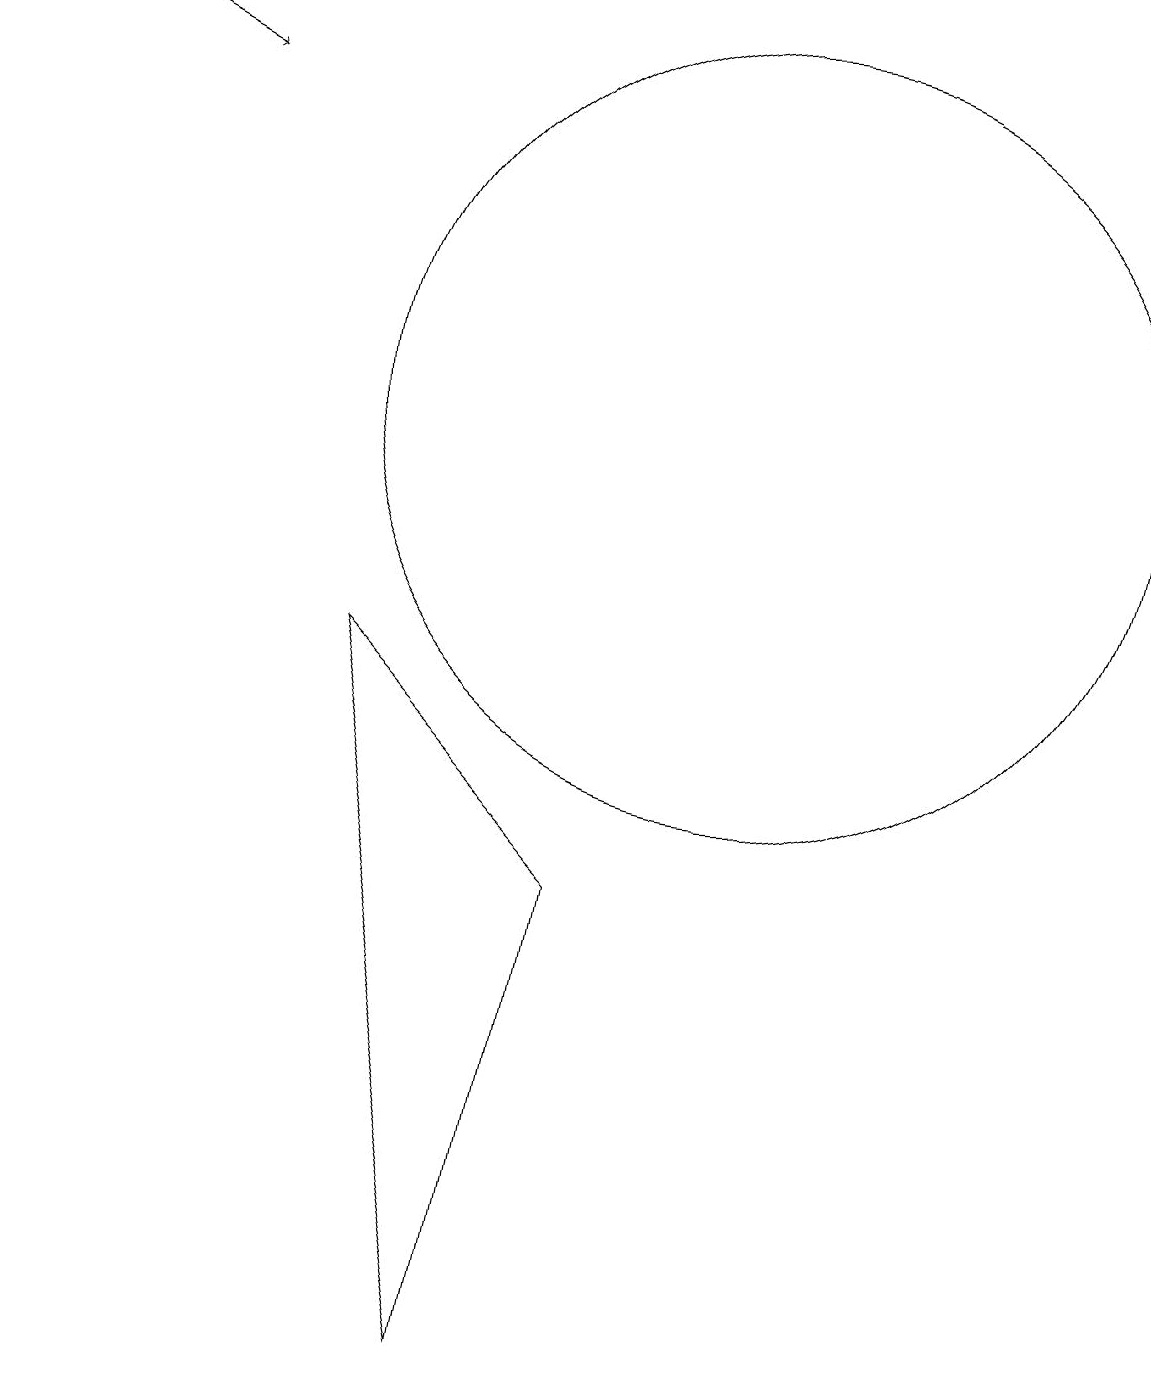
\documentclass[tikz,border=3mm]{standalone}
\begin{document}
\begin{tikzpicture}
\draw (10,12) circle (5);
\draw[->] (1,17) -- (3,16);
\draw (7,0) -- (5,9) -- (8,6) -- cycle;
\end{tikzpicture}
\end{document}